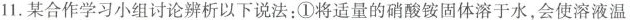
11.某合作学习小组讨论辨析以下说法：①将适量的硝酸铵固体溶于水，会使溶液温